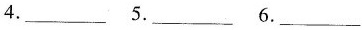
4.___ 5.___ 6.___